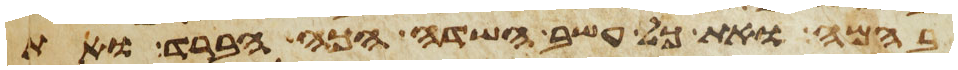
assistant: בהמה ואת כל עשב השדה הכה הברד ואת